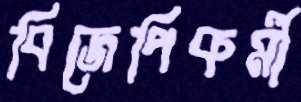
বিজেপিকর্মী